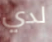
لدي